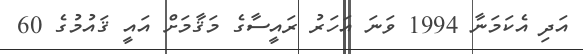
އަދި އެކަމަނާ 1994 ވަނަ އަހަރު ރައީސާގެ މަޤާމަށް އައީ ޤައުމުގެ 60